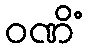
ဝဏိံ